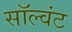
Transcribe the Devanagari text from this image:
सॉल्वंट